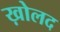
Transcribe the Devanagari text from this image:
ख़ोलद